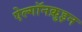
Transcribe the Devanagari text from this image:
ऐल्गॉनक़ुइन